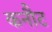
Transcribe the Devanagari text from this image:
कनौट